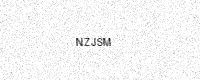
Text: NZJSM